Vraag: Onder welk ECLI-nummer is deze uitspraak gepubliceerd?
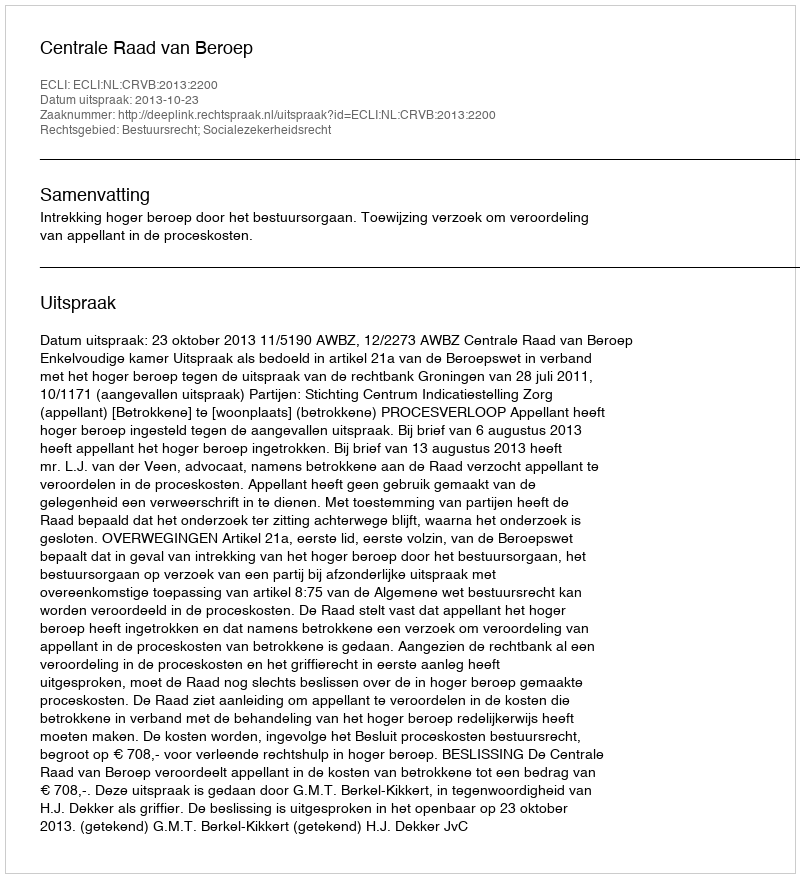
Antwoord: ECLI:NL:CRVB:2013:2200